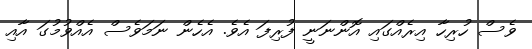
ވެސް ހުރިހާ އިރެއްގައި އޮންނަނީ ފުރިފަ އެވެ. އެހެން ނަމަވެސް އެއްވުމުގަ އާއި